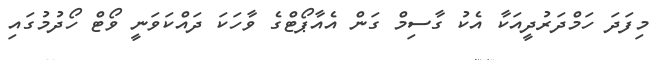
މިފަދަ ހަމްދަރުދީއަކާ އެކު ގާސިމް ގަން އެއާޕޯޓްގެ ވާހަކަ ދައްކަވަނީ ވޯޓް ހޯދުމުގައި